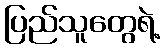
ပြည်သူတွေရဲ့